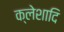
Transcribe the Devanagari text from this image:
क्लेशादि